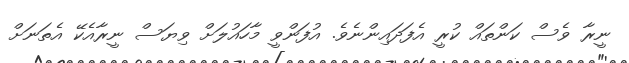
ނީރާ ވެސް ކަންތައް ކުރީ އެފަދައިންނެވެ. އުފަންވީ މާހައުލަށް ވިޔަސް ނީރާއެކޭ އެތަނަށް